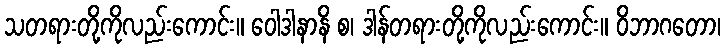
သတရားတို့ကိုလည်းကောင်း။ ဝေါဒါနာနိ စ၊ ဒါန်တရားတို့ကိုလည်းကောင်း။ ဝိဘာဂတော၊